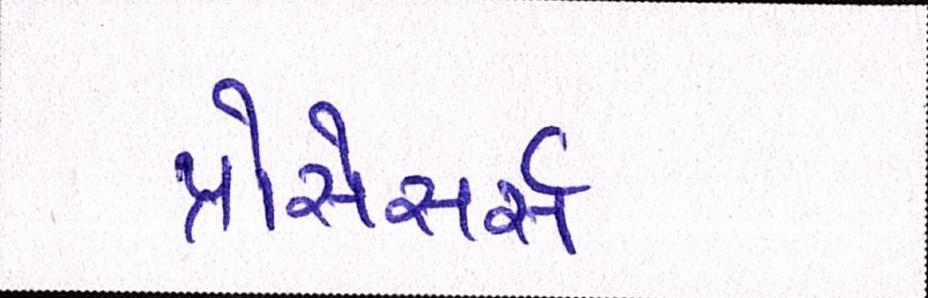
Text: પ્રોસેસર્સ